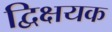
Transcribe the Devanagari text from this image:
द्विक्षयक